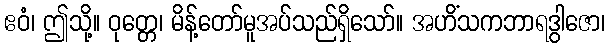
ဧဝံ၊ ဤသို့။ ဝုတ္တေ၊ မိန့်တော်မူအပ်သည်ရှိသော်။ အဟိံသကဘာရဒွါဇော၊